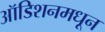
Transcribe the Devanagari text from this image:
ऑडिशनमधून